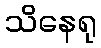
သိနေရု